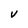
Character: V